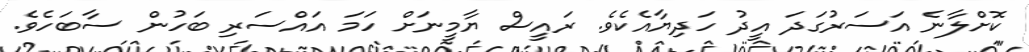
ކޮށްލާނެ އަސަރުގަދަ އީދު ހަދިޔާއެކެވެ. ރައީސް ޔާމީނަށް ހަމަ އައްސަރި ބަހުން ސާބަހެވެ.